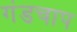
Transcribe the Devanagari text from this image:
गंडचाप